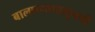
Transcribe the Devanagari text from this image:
बालपणापासूनची